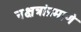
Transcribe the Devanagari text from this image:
नक्षत्रांप्रमाणे